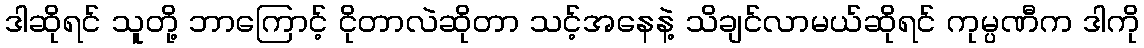
ဒါဆိုရင် သူတို့ ဘာကြောင့် ငိုတာလဲဆိုတာ သင့်အနေနဲ့ သိချင်လာမယ်ဆိုရင် ကုမ္ပဏီက ဒါကို